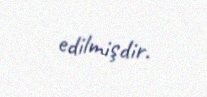
edilmişdir.